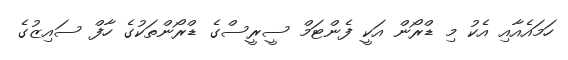
ހަމައެއާއި އެކު މި ޑްރޯން އަކީ ފެންޓަމް ސީރީސްގެ ޑްރޯންތަކުގެ ހާފް ސައިޒުގެ